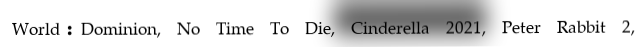
World: Dominion, No Time To Die, Cinderella 2021, Peter Rabbit 2,